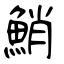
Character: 鮹